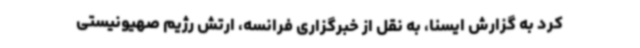
کرد به گزارش ایسنا، به نقل از خبرگزاری فرانسه، ارتش رژیم صهیونیستی